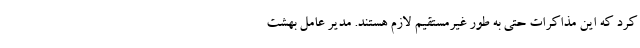
کرد که این مذاکرات حتی به طور غیرمستقیم لازم هستند. مدیر عامل بهشت